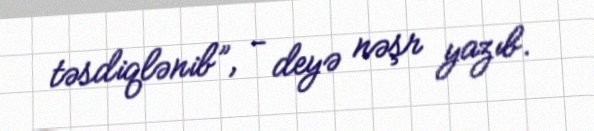
təsdiqlənib”, - deyə nəşr yazıb.